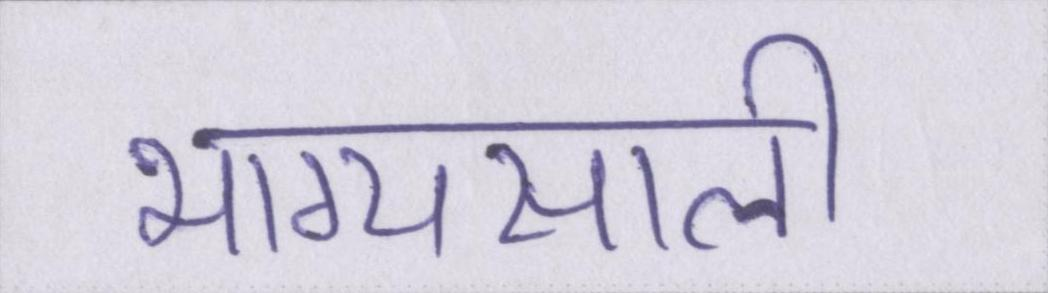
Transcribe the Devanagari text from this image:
भाग्यसाली